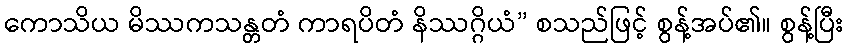
ကောသိယ မိဿကသန္တတံ ကာရပိတံ နိဿဂ္ဂိယံ” စသည်ဖြင့် စွန့်အပ်၏။ စွန့်ပြီး